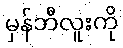
မှန်ဘီလူးကို